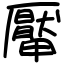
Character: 厴